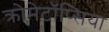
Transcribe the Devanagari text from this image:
क्रोमेटॉप्सिया